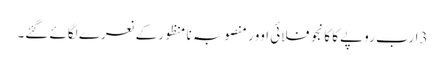
3ارب روپے کا کانجو فلائی اوور منصوبہ نا منظورکے نعرے لگائے گئے۔